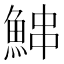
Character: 𬵓